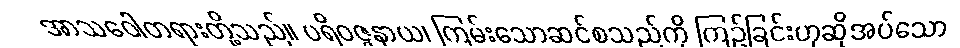
အာသဝေါတရားတို့သည်။ ပရိဝဇ္ဇနာယ၊ ကြမ်းသောဆင်စသည်ကို ကြဉ်ခြင်းဟုဆိုအပ်သော